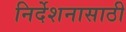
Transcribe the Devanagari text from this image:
निर्देशनासाठी